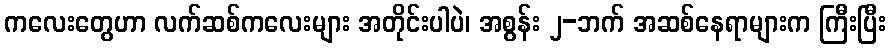
ကလေးတွေဟာ လက်ဆစ်ကလေးများ အတိုင်းပါပဲ၊ အစွန်း ၂-ဘက် အဆစ်နေရာများက ကြီးပြီး